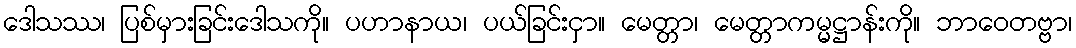
ဒေါသဿ၊ ပြစ်မှားခြင်းဒေါသကို။ ပဟာနာယ၊ ပယ်ခြင်းငှာ။ မေတ္တာ၊ မေတ္တာကမ္မဋ္ဌာန်းကို။ ဘာဝေတဗ္ဗာ၊